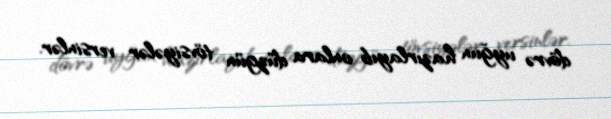
dövrə uyğun hazırlayıb onlara düzgün tövsiyələr versinlər.